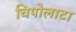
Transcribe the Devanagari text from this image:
चिपोलाटा